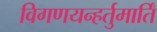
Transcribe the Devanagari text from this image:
विगणयन्हर्तुमार्तिं